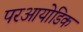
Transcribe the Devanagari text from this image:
परआयोडिक